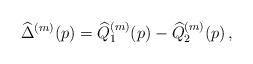
LaTeX: \begin{align*}\widehat{\Delta}^{(m)}(p) = \widehat{Q}_{1}^{(m)}(p) - \widehat{Q}_{2}^{(m)}(p)\,,\end{align*}